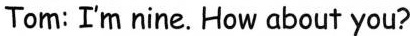
Tom:I'm nine.How about you?